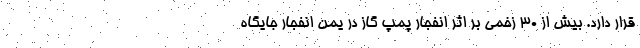
قرار دارد. بیش از 30 زخمی بر اثر انفجار پمپ گاز در یمن انفجار جایگاه